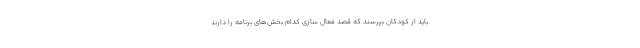
باید از کودکان بپرسند که قصد فعال سازی کدام بخش‌های برنامه را دارند